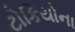
ટોકિયોના